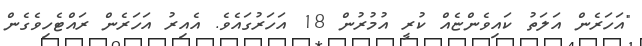
"އަހަރެން އަލަތު ކައިވެންޏެއް ކުރީ އުމުރުން 18 އަހަރުގައެވެ. އެއިރު އަހަރެން ރައްޓެހިވެގެން